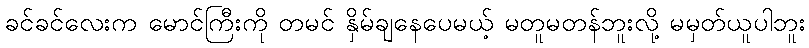
ခင်ခင်လေးက မောင်ကြီးကို တမင် နှိမ်ချနေပေမယ့် မတူမတန်ဘူးလို့ မမှတ်ယူပါဘူး